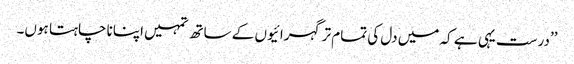
’’درست یہی ہے کہ میں دل کی تمام تر گہرائیوں کے ساتھ تمہیں اپنانا چاہتا ہوں۔